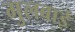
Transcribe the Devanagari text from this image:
गुलबाई